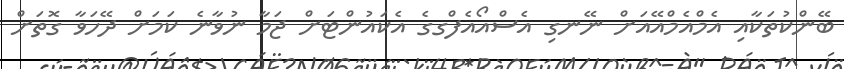
ބޭންކުތަކާއި އެމްއެމްއޭއަށް ނޭނގި އެސްއޯއެފްގގެ އެކައުންޓަށް ޖަމާ ނުވާނެ ކަމަށް ދޭހަވާ ގޮތަށް